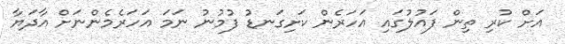
އަށް ކުރި ތިން ފައުލުގައި އަހަރެން ކަށިގަނޑު ފުމުނު ނަމަ އަހަރެމެންނަށް އާދަޔާ